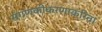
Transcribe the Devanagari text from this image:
संगणकीकरणाकरिता